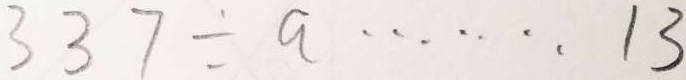
3 3 7 \div a \cdots 1 3